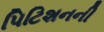
પિટિશનની